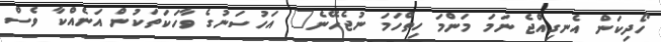
ހޯދިކަން އެނގިއްޖެ ނަމަ މަންމަ ހިތްހަމަ ނުޖެހޭނެ" އަހުސަނުގެ ވާހަކަތަކުން އަނެއްކާ ވެސް